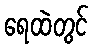
ရေထဲတွင်